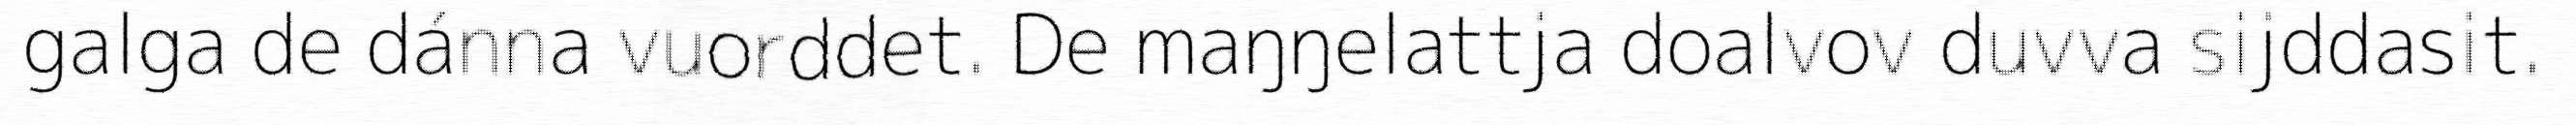
galga de dánna vuorddet. De maŋŋelattja doalvov duvva sijddasit.